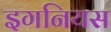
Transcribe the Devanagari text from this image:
इगनियस